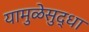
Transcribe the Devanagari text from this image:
यामुळेसुद्धा